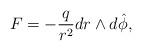
LaTeX: \begin{align*}F = -\frac{q}{r^2} dr \wedge d\hat{\phi},\end{align*}